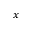
x